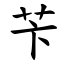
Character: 苄